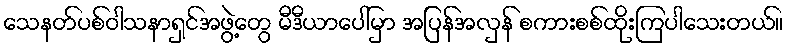
သေနတ်ပစ်ဝါသနာရှင်အဖွဲ့တွေ မီဒီယာပေါ်မှာ အပြန်အလှန် စကားစစ်ထိုးကြပါသေးတယ်။